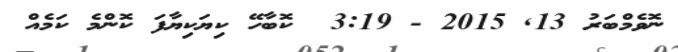
ނޮވެމްބަރު 13